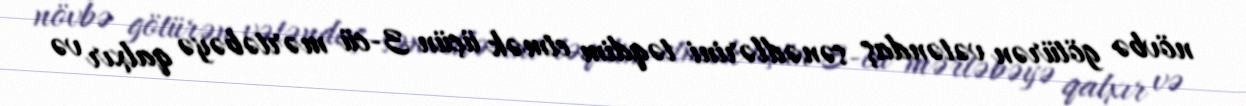
növbə götürən vətəndaş sənədlərini təqdim etmək üçün 3-cü mərtəbəyə qalxır və